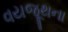
વયજૂથના